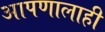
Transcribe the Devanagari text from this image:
आपणालाही